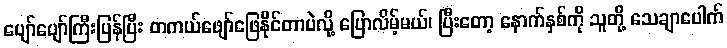
ပျော်ပျော်ကြီးပြန်ပြီး တကယ်ဖျော်ဖြေနိုင်တာပဲလို့ ပြောလိမ့်မယ်၊ ပြီးတော့ နောက်နှစ်ကို သူတို့ သေချာပေါက်